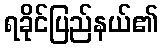
ရခိုင်ပြည်နယ်၏